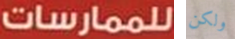
للممارسات ولكن